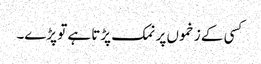
کسی کے زخموں پر نمک پڑتا ہے تو پڑے۔